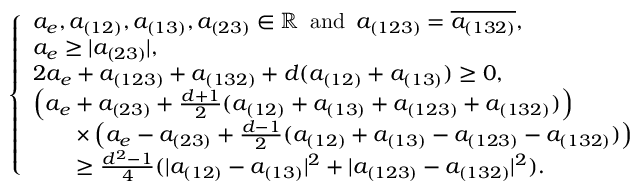
\left\{ \begin{array} { l l l l l } { a _ { e } , a _ { ( 1 2 ) } , a _ { ( 1 3 ) } , a _ { ( 2 3 ) } \in \mathbb R \, \mathrm { ~ a n d ~ } \, a _ { ( 1 2 3 ) } = \overline { { a _ { ( 1 3 2 ) } } } , } \\ { a _ { e } \geq | a _ { ( 2 3 ) } | , } \\ { 2 a _ { e } + a _ { ( 1 2 3 ) } + a _ { ( 1 3 2 ) } + d ( a _ { ( 1 2 ) } + a _ { ( 1 3 ) } ) \geq 0 , } \\ { \left( a _ { e } + a _ { ( 2 3 ) } + \frac { d + 1 } { 2 } ( a _ { ( 1 2 ) } + a _ { ( 1 3 ) } + a _ { ( 1 2 3 ) } + a _ { ( 1 3 2 ) } ) \right) } \\ { \quad \quad \times \left( a _ { e } - a _ { ( 2 3 ) } + \frac { d - 1 } { 2 } ( a _ { ( 1 2 ) } + a _ { ( 1 3 ) } - a _ { ( 1 2 3 ) } - a _ { ( 1 3 2 ) } ) \right) } \\ { \quad \quad \geq \frac { d ^ { 2 } - 1 } { 4 } ( | a _ { ( 1 2 ) } - a _ { ( 1 3 ) } | ^ { 2 } + | a _ { ( 1 2 3 ) } - a _ { ( 1 3 2 ) } | ^ { 2 } ) . } \end{array} \right.